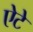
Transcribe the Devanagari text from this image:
ऐटे